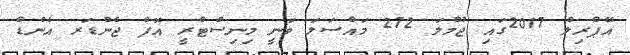
އޭޕްރިލް 2017ގައި ޖުމްލަ 272 މައްސަލަ ވަނީ މިނިސްޓްރީ އޮފް ޖެންޑަރ އެންޑް